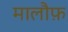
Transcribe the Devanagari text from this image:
मालौफ़